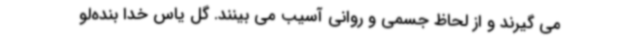
می گیرند و از لحاظ جسمی و روانی آسیب می بینند. گل یاس خدا بنده‌لو